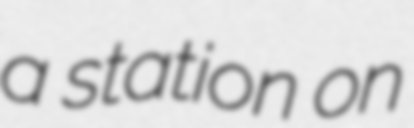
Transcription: a station on